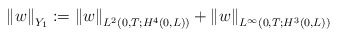
\begin{align*}\left\Vert w\right\Vert _{Y_{1}}:=\left\Vert w\right\Vert _{L^{2}(0,T;H^{4}( 0,L) ) }+\left\Vert w\right\Vert _{L^{\infty}( 0,T;H^{3}( 0,L) ) }\end{align*}